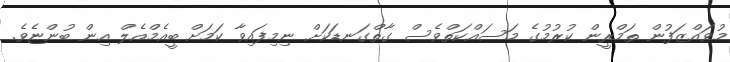
މުވައްޒަފުން ތަމްރީން ކުރުމުގެ މަސައްކަތްވެސް ގާތްގަނޑަކަށް ނިމިފައިވާ ކަމަށް ބީއެމްއެލް އިން ބުންޏެވެ.